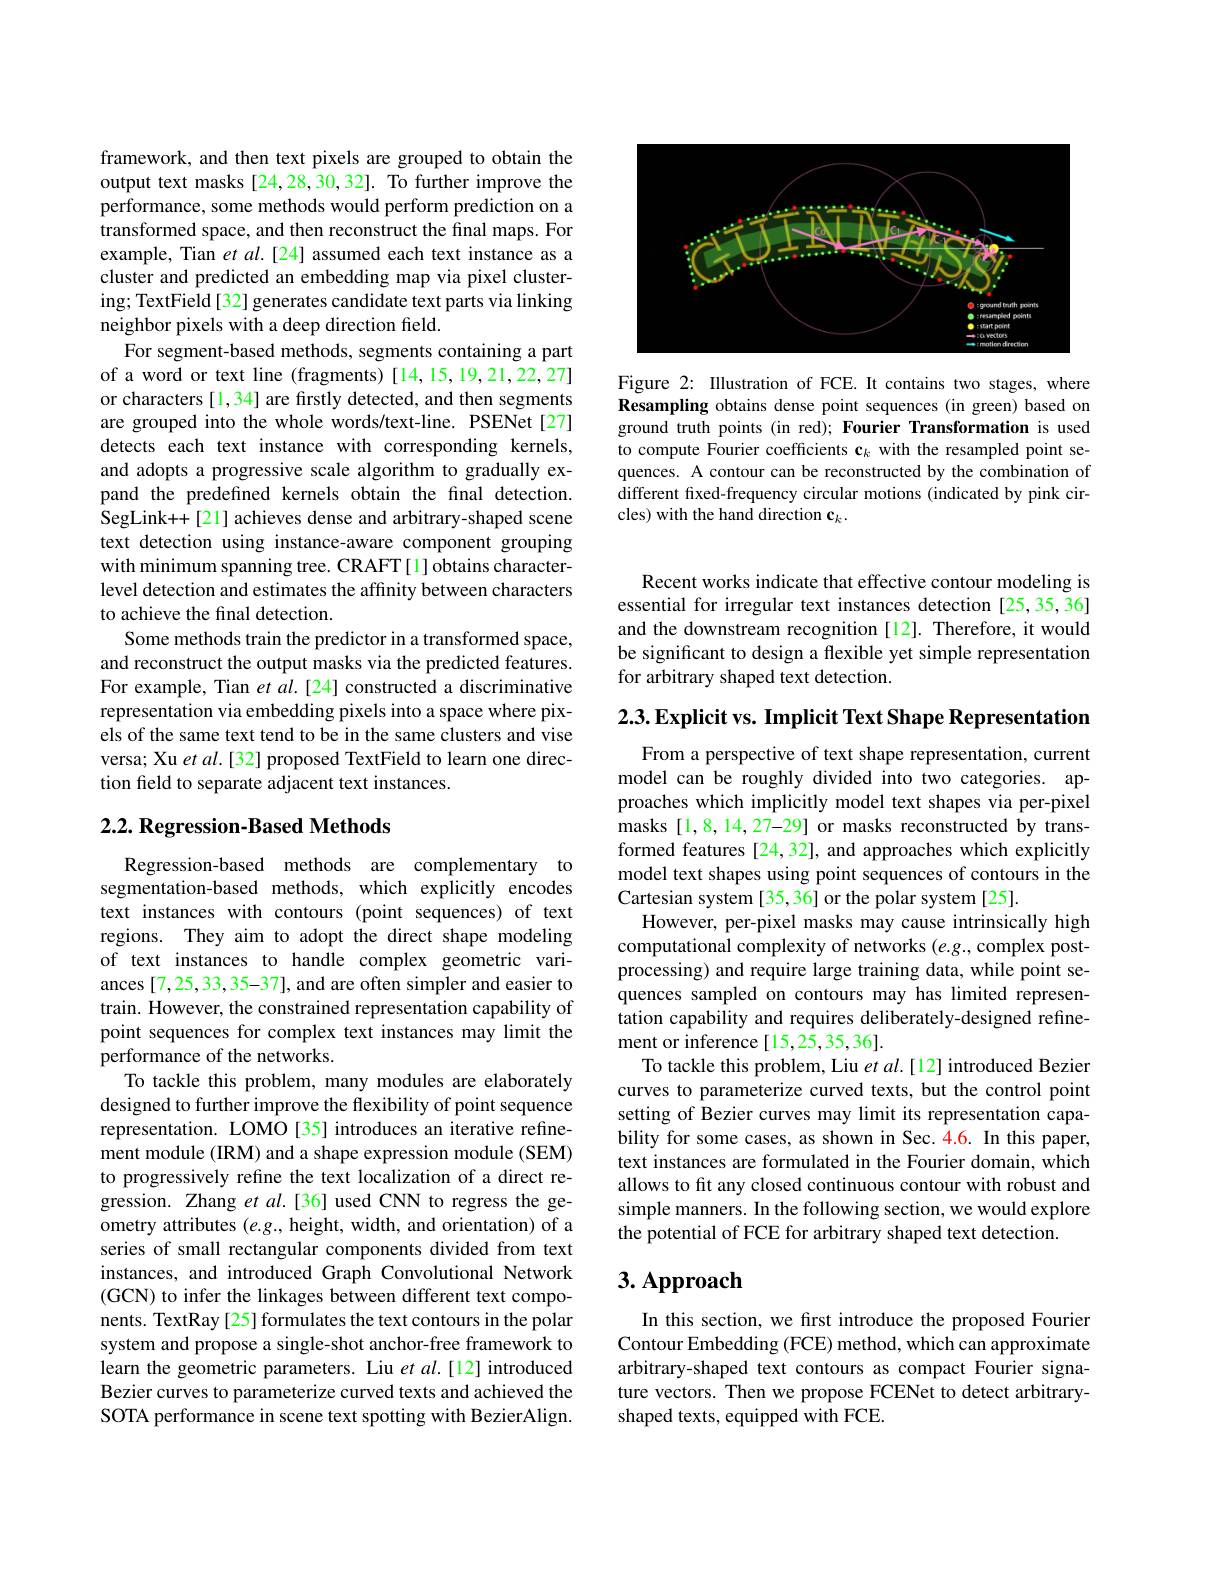
<FigureHere>

Figure 2: Illustration of FCE. It contains two stages, where Resampling obtains dense point sequences (in green) based on ground truth points (in red); Fourier Transformation is used to compute Fourier coefficients c$_k$ with the resampled point sequences. A contour can be reconstructed by the combination of different fixed-frequency circular motions (indicated by pink circles) with the hand direction c$_k.$

framework, and then text pixels are grouped to obtain the output text masks [24,28,30,32]. To further improve the performance, some methods would perform prediction on a transformed space, and then reconstruct the final maps. For example, Tian et al.[24] assumed each text instance as a cluster and predicted an embedding map via pixel clustering; TextField[32] generates candidate text parts via linking neighbor pixels with a deep direction field.
For segment-based methods, segments containing a part of a word or text line (fragments) [14,15,19,21,22,27] or characters [1,34] are firstly detected, and then segments are grouped into the whole words/text-line. PSENet[27] detects each text instance with corresponding kernels, and adopts a progressive scale algorithm to gradually expand the predefined kernels obtain the final detection. SegLink++[21] achieves dense and arbitrary-shaped scene text detection using instance-aware component grouping with minimum spanning tree. CRAFT[1] obtains characterlevel detection and estimates the affinity between characters to achieve the final detection.
Some methods train the predictor in a transformed space, and reconstruct the output masks via the predicted features. For example, Tian $etal.[24]$ constructed a discriminative representation via embedding pixels into a space where pixels of the same text tend to be in the same clusters and vise versa; Xu $etal.[32]$ proposed TextField to learn one direction feld to separate adjacent text instances.

## $2. 2. \textbf{ Regression- Based Methods}$

Regression-based methods are complementary to segmentation-based methods, which explicitly encodes text instances with contours (point sequences) of text regions. They aim to adopt the direct shape modeling of text instances to handle complex geometric variances [7,25,33,35-37], and are often simpler and easier to train. However, the constrained representation capability of point sequences for complex text instances may limit the performance of the networks.
To tackle this problem, many modules are elaborately designed to further improve the flexibility of point sequence representation. LOMO[35] introduces an iterative refinement module (IRM) and a shape expression module (SEM) to progressively refine the text localization of a direct regression. Zhang et al.[36] used CNN to regress the geometry attributes $(e.g.$, height, width, and orientation) of a series of small rectangular components divided from text instances, and introduced Graph Convolutional Network (GCN) to infer the linkages between different text components. TextRay[25] formulates the text contours in the polar system and propose a single-shot anchor-free framework to learn the geometric parameters. Liu et al.[12] introduced Bezier curves to parameterize curved texts and achieved the SOTA performance in scene text spotting with BezierAlign

Recent works indicate that effective contour modeling is essential for irregular text instances detection [25,35,36] and the downstream recognition [12]. Therefore, it would be significant to design a flexible yet simple representation for arbitrary shaped text detection.

2.3. Explicit vs. Implicit Text Shape Representation

From a perspective of text shape representation, current model can be roughly divided into two categories. approaches which implicitly model text shapes via per-pixel masks [1,8,14,27-29] or masks reconstructed by transformed features [24,32], and approaches which explicitly model text shapes using point sequences of contours in the Cartesian system [35,36] or the polar system [25].
However, per-pixel masks may cause intrinsically high computational complexity of networks $(e.g.$,complex postprocessing) and require large training data, while point sequences sampled on contours may has limited representation capability and requires deliberately-designed refinement or inference [15,25,35,36].
To tackle this problem, Liu $et\textit{al. [ 12] introduced Bezier}$ curves to parameterize curved texts, but the control point setting of Bezier curves may limit its representation capability for some cases, as shown in Sec.4.6. In this paper, text instances are formulated in the Fourier domain, which allows to fit any closed continuous contour with robust and simple manners. In the following section, we would explore the potential of FCE for arbitrary shaped text detection.

# 3. Approach

In this section, we first introduce the proposed Fourier Contour Embedding (FCE) method, which can approximate arbitrary-shaped text contours as compact Fourier signature vectors. Then we propose FCENet to detect arbitraryshaped texts, equipped with FCE.